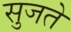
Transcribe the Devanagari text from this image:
सुजते